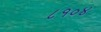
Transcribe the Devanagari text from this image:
८१०४